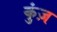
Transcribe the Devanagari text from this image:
कुंज़